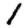
Digit: 1